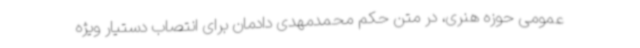
عمومی حوزه هنری، در متن حکم محمدمهدی دادمان برای انتصاب دستیار ویژه